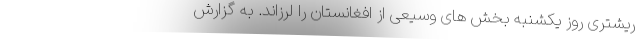
ریشتری روز یکشنبه بخش های وسیعی از افغانستان را لرزاند. به گزارش